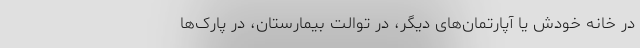
در خانه خودش یا آپارتمان‌های دیگر، در توالت بیمارستان، در پارک‌ها